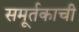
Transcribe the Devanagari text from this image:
समूर्तकाची